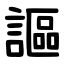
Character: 謳